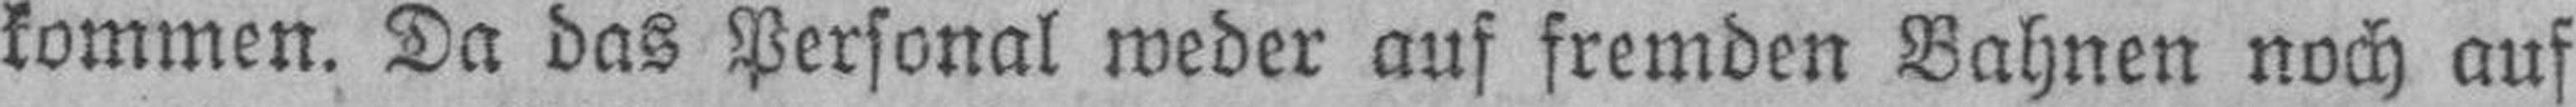
kommen. Da das Personal weder auf fremden Bahnen noch auf